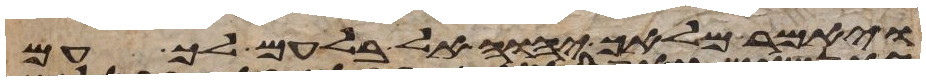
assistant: ויאמר מלאך יהוה אל בלעם לך עם